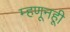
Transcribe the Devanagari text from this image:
म्हणूनहूी